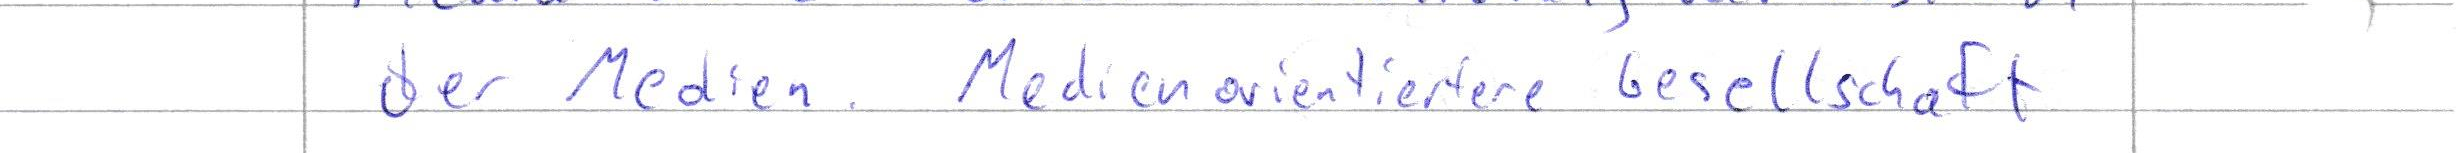
der Medien. Medienorientierte Gesellschaft